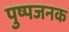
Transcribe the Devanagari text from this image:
पुष्पजनक